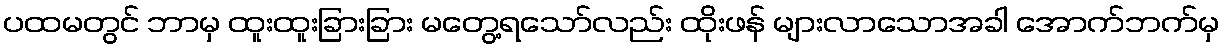
ပထမတွင် ဘာမှ ထူးထူးခြားခြား မတွေ့ရသော်လည်း ထိုးဖန် များလာသောအခါ အောက်ဘက်မှ